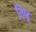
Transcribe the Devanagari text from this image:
तिल्लु